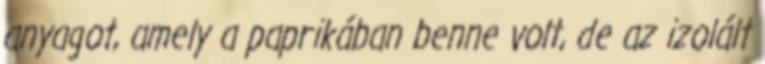
anyagot, amely a paprikában benne volt, de az izolált